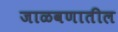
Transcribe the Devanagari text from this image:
जाळवणातील